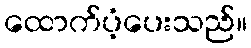
ထောက်ပံ့ပေးသည်။